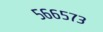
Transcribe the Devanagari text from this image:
५६६५७३